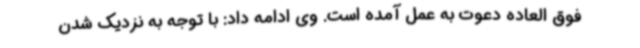
فوق العاده دعوت به عمل آمده است. وی ادامه داد: با توجه به نزدیک شدن